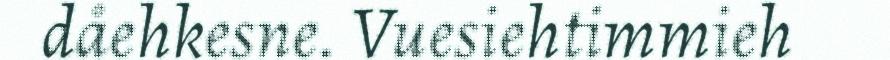
dåehkesne. Vuesiehtimmieh